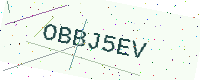
Text: OBBJ5EV